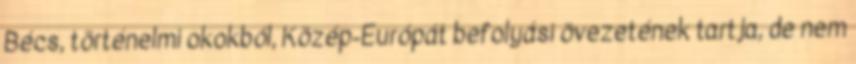
Bécs, történelmi okokból, Közép-Európát befolyási övezetének tartja, de nem